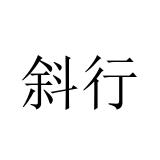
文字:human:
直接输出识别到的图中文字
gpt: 斜行